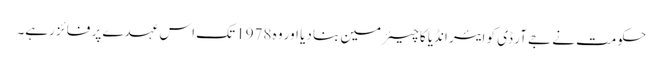
حکومت نے جے آر ڈی کو ایئر انڈیا کا چیئرمین بنا دیا اور وہ 1978 تک اس عہدے پر فائز رہے۔